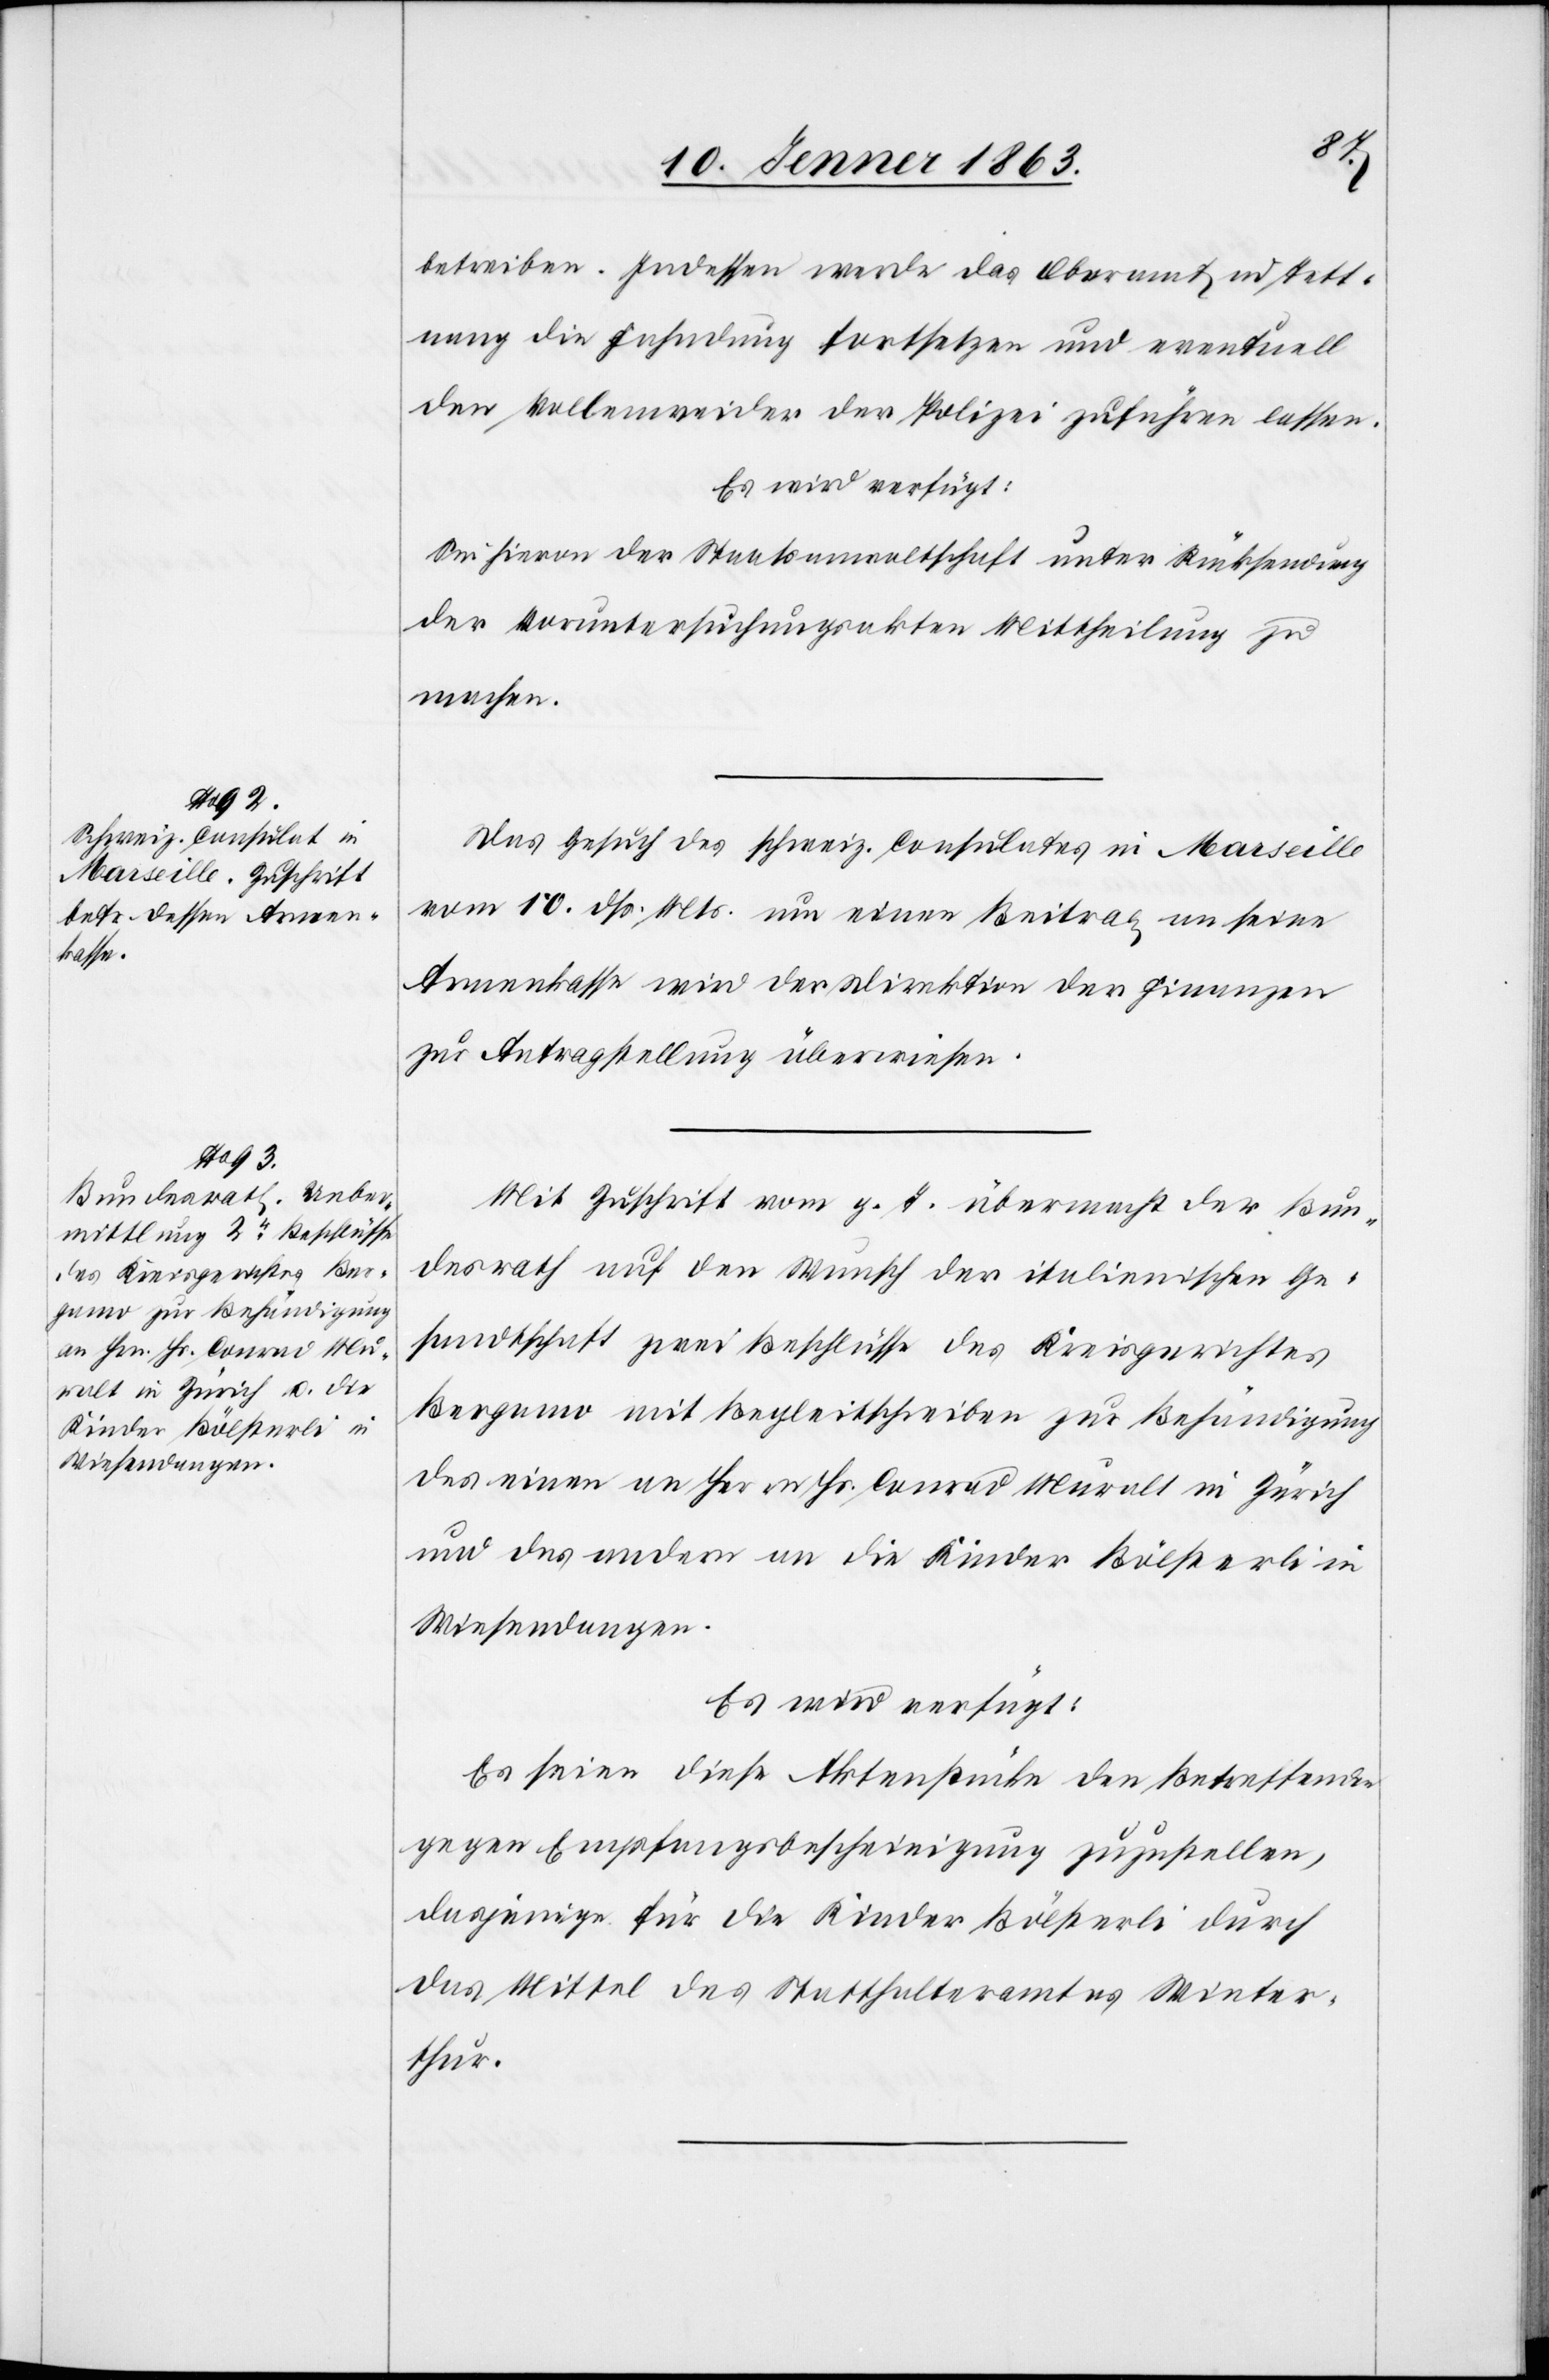
14. Jenner 1863.]
betreiben. Indessen werde das Oberamt in Tett¬
nang die Fahndung fortsetzen und eventuell
den Vollenweider der Polizei zuführen lassen.
Es wird verfügt:
Sei hievon der Staatsanwaltschaft unter Rücksendung
der Voruntersuchungsakten Mittheilung zu
machen.
Das Gesuch des schweiz. Consulates in Marseille
vom 10. dß. Mts. um einen Beitrag an seine
Armenkasse wird der Direktion der Finanzen
zur Antragstellung überwiesen.
Mit Zuschrift vom g. T. übermacht der Bun¬
desrath auf den Wunsch der italienischen Ge¬
sandtschaft zwei Beschlüsse des Kreisgerichtes
Bergamo mit Begleitschreiben zur Behändigung
des einen an Herrn Hs. Conrad Muralt in Zürich
und des andern an die Kinder Bölsterli in
Wiesendangen.
Es wird verfügt:
Es seien diese Aktenstücke den Betreffenden
gegen Empfangsbescheinigung zuzustellen,
dasjenige für die Kinder Bölsterli durch
das Mittel des Statthalteramtes Winter¬
thur.